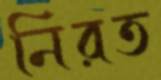
নিরত